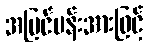
အပြင်ပန်းအားဖြင့်